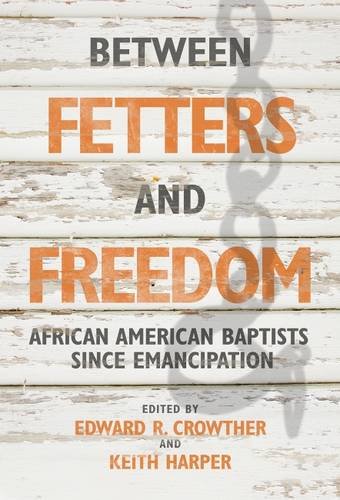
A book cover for Between Fetters and Freedom: African American Baptists since Emancipation (James N. Griffith Endowed Series in Baptist Studies); Edward R. Crowther; Christian Books & Bibles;